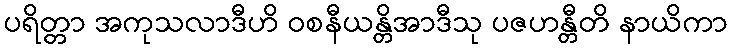
ပရိတ္တာ အကုသလာဒီဟိ ဝစနီယန္တိအာဒီသု ပဇဟန္တီတိ နာယိကာ